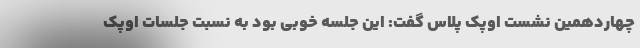
چهاردهمین نشست اوپک پلاس گفت: این جلسه خوبی بود به نسبت جلسات اوپک